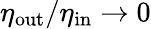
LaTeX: \eta_{\mathrm{out}}/\eta_{\mathrm{in}}\to 0